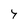
Character: 4